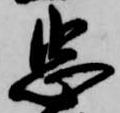
忠